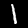
Label: 1